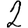
Digit: 2